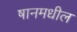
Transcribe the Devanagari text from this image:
षानमधील